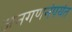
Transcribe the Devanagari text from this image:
जनगणनेपर्यंत